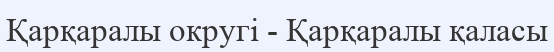
Қарқаралы округі - Қарқаралы қаласы